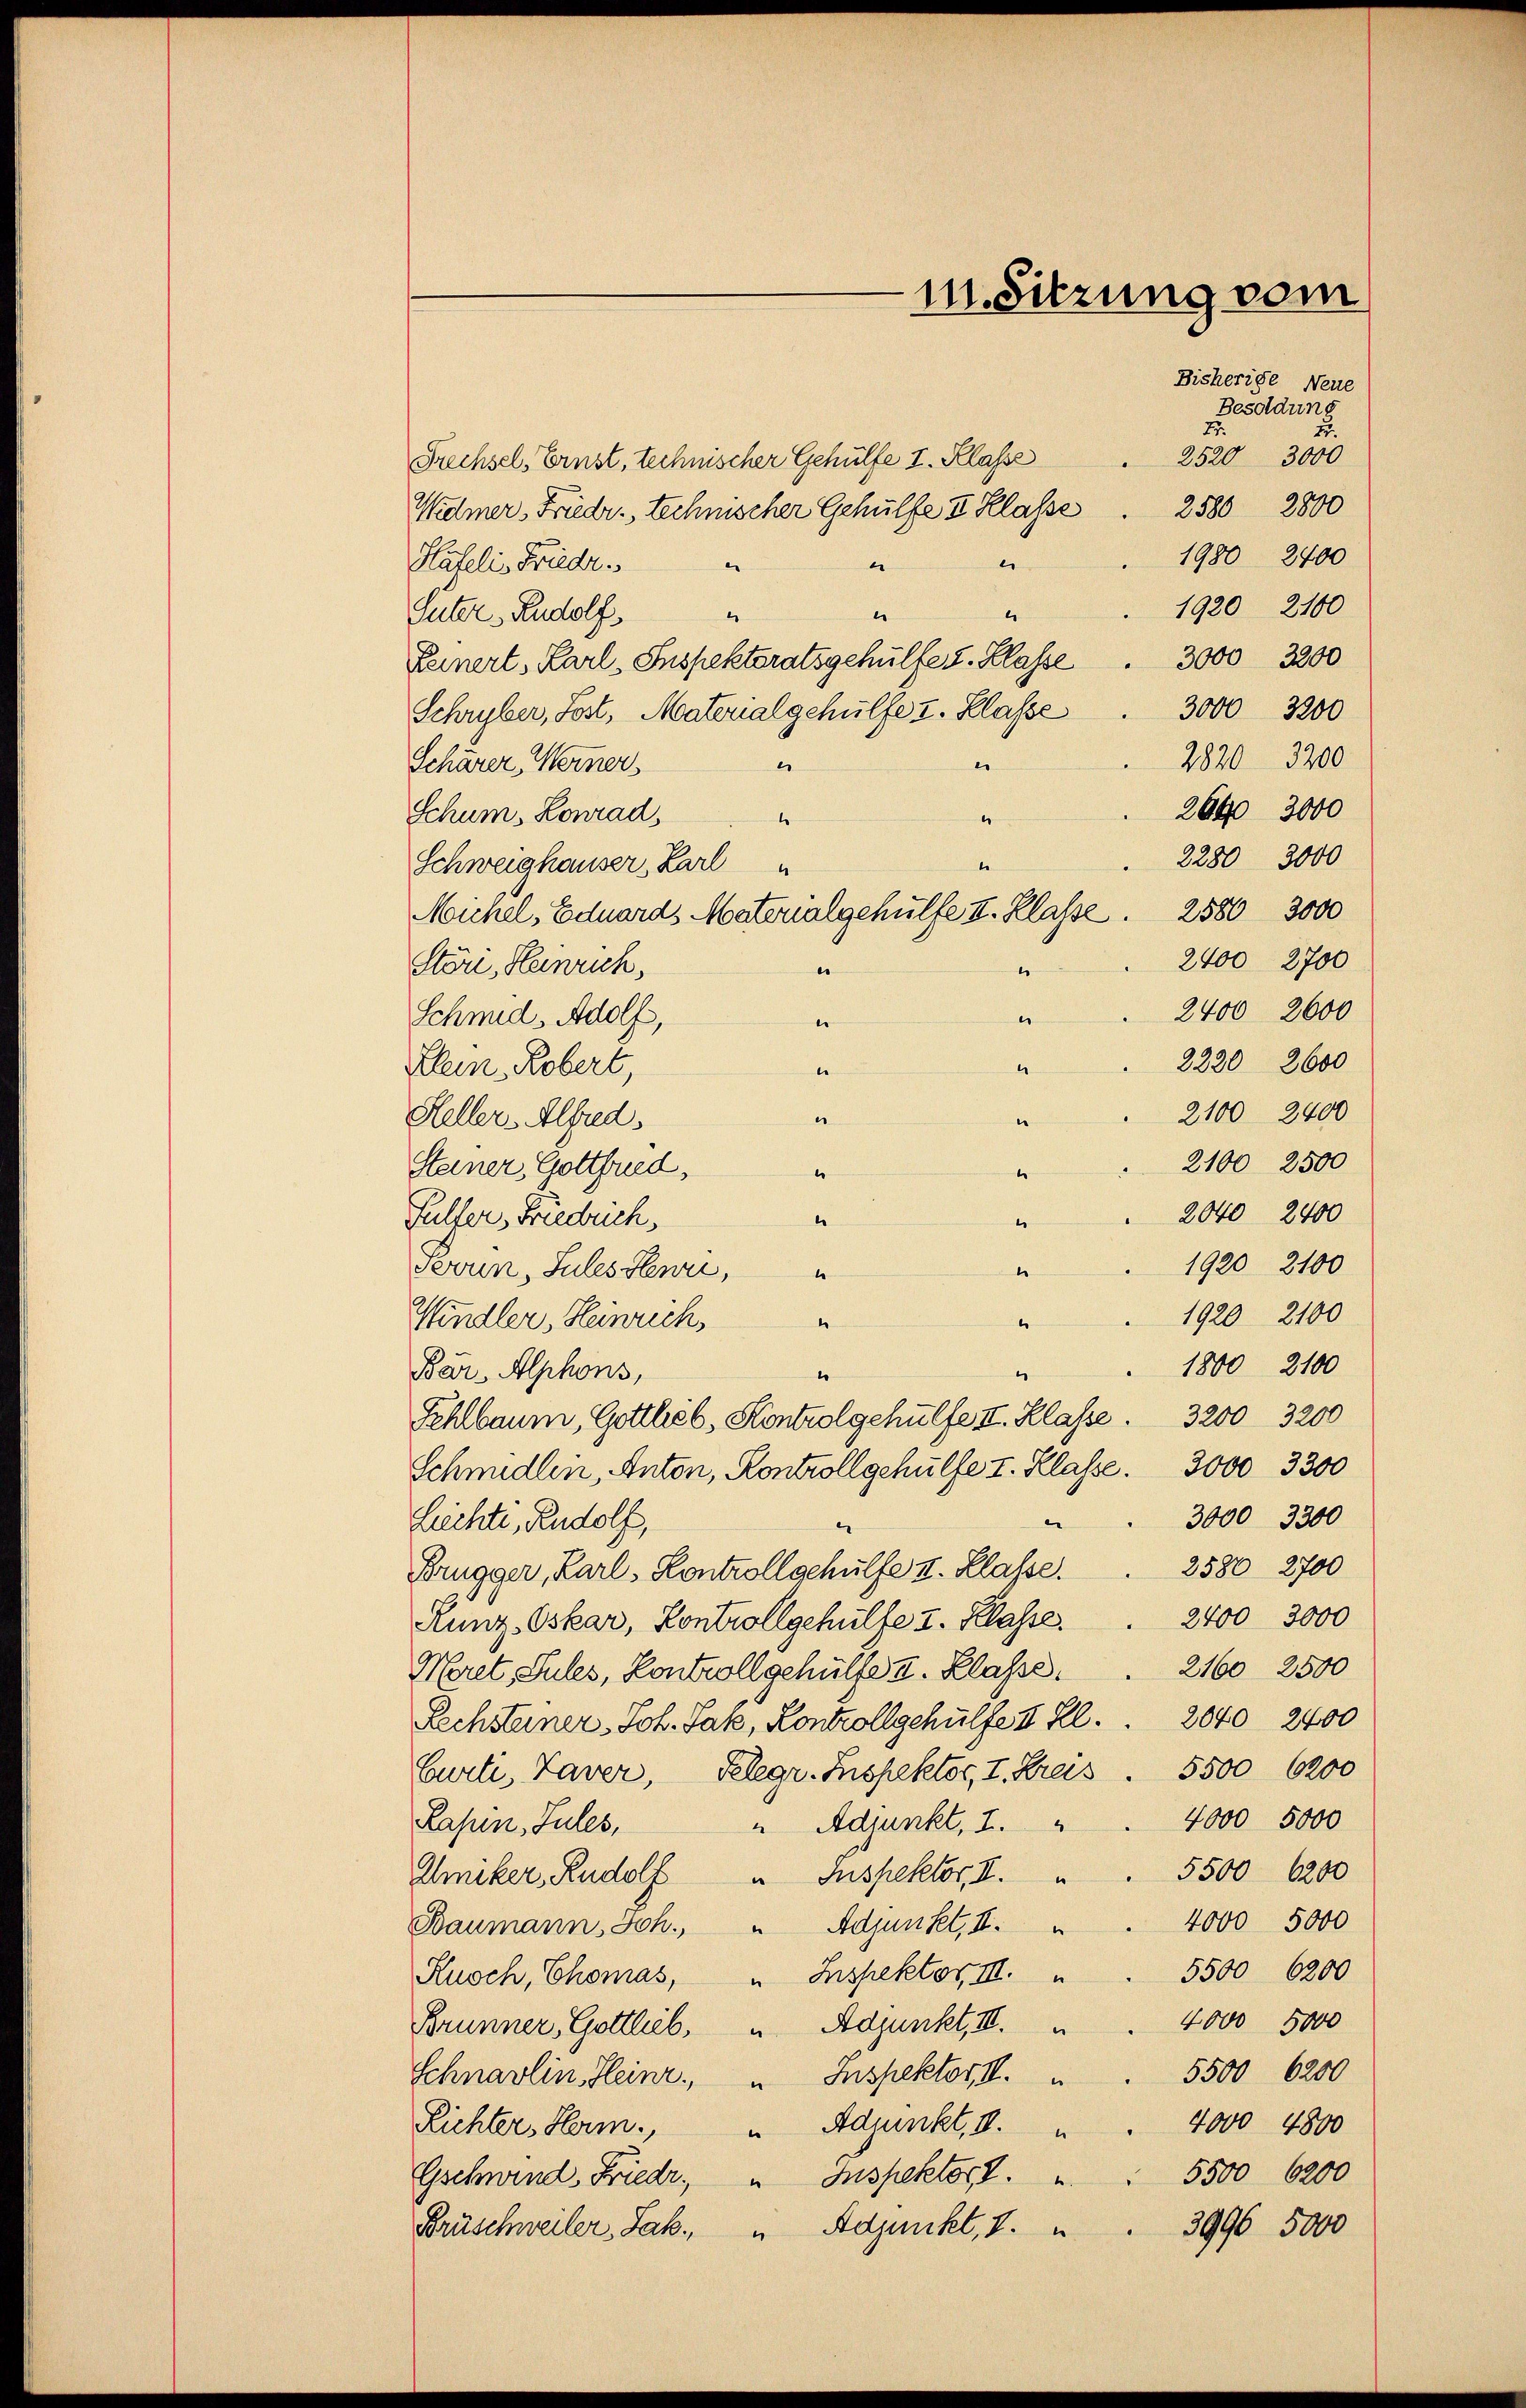
Frechsel, Ernst, technischer Gehülfe I. Klasse
2580 2800
Widmer, Friedr. technischer Gehülfe I Klasse
1980 2400
e
Hateli, Friedr.
e
1920 2100
.
Suter Rudolf
“
3000 3200
Keinert, Karl-Inspektoratsgehülfe I. Klasse
3000 3200
Schryber, Sost, Materialgehülfe u. Klasse
2820  3200
e
Schärer, Werner
e
2640 3000
Schum, Konrad,
t
e
2280 3000
Schweighauser, Karl "
2400 2700
Stön, Heinrich,
u
e
2400 2600
e
Schmid, Adolf,
.
2220 2600
1
Klein Robert,
e
2100 2400
e
Heller. Alfred
“
2100 2500
Steiner, Gottfried,
1
e
2040 2400
Füller, Friedbruch,
e
.
1920 2100
Fevun, Sules Henri,
e
1920 2100
Windler, Henrich
6
1800 2100
Bar, Alphons,
1
Fehlbaum, Gottlieb, Kontrolgehülfe II. Klasse . 3200 - 3200
Schmidlin, Anton, Kontroll gehülfe I. Klasse 3000 3300
3000 3300
Lichti, Rudolf,
e
2580 2700
Brugger, Karl, Kontrollschulfe II. Klasse.
2400 3000
Runz Oskar, Kontrollgehülfe I. Klasse.
2160 2500
Meret, Sules, Kontroll gehülfe I. Klasse
Sechstener Joh. Jak, Kontrollgehülfe II Kl. 2040 2400
Curti, Taver, Gelegr. Inspektor, I. Kreis 5500 6200
4000 5000
Rahn, Jules,
" Adjunkt, I.
5500 6200
Imiker, Rudolf " Inspektor, II.
4000 5000
Baumann, Joh. " Adjunkt, II. "
5500 6200
Kusch, Thomas, " Inspektor III.
4000 5000
Brunner, Gottlieb, " Adjunkt, III.
5500 6200
Schnarlin, Heinr. Inspektor, II.
4000 4800
Lichter, Herm. " Adjunkt, I. "
5500 6200
Gschwind, Friedr. „ Inspektor.
Adjunkt, I.
3996 5000
Brüschweiler, Jak.
e

e
Michel, Eduards Materialgehülfe II. Klasse . 2580 3000

11. Sitzung vom
Bisherige Neue
Besoldung
2.
25.
2520 3000